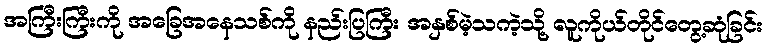
အကြီးကြီးကို အခြေအနေသစ်ကို နည်းပြကြီး အနှစ်မဲ့သကဲ့သို့ လူကိုယ်တိုင်တွေ့ဆုံခြင်း